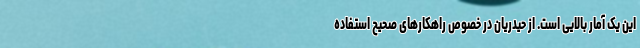
این یک آمار بالایی است. از حیدریان در خصوص راهکارهای صحیح استفاده